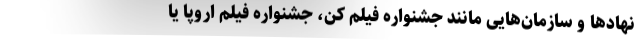
نهادها و سازمان‌هایی مانند جشنواره فیلم کن، جشنواره فیلم اروپا یا